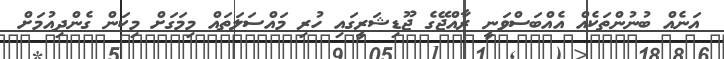
އަނެއް ބުނުންތަކެއް އެއްބަސްވަނީ ރާއްޖޭގެ ޖޫޑިޝަރީގައި ހުރި މައްސަލަތައް މިމަގަށް މިކަން ގެންދިއުމަށް